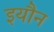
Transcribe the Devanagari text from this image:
इयौन